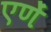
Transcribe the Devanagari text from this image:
एणें